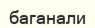
баганали